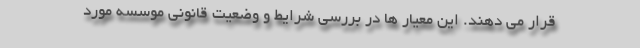
قرار می دهند. این معیار ها در بررسی شرایط و وضعیت قانونی موسسه مورد